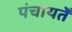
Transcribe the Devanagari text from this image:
पंचायतेँ